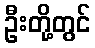
ဦးတို့တွင်